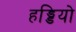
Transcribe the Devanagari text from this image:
हड्डियो